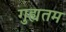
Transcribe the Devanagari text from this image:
गुह्यतम